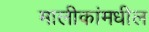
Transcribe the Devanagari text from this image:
मालीकांमधील